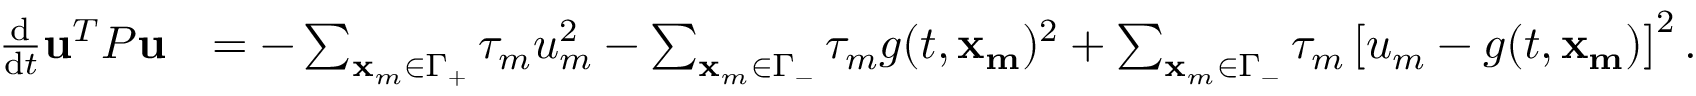
\begin{array} { r l } { \frac { \mathrm { d } } { \mathrm { d } t } \mathbf { u } ^ { T } P \mathbf { u } } & { = - \sum _ { \mathbf { x } _ { m } \in \Gamma _ { + } } \tau _ { m } u _ { m } ^ { 2 } - \sum _ { \mathbf { x } _ { m } \in \Gamma _ { - } } \tau _ { m } g ( t , \mathbf { x _ { m } } ) ^ { 2 } + \sum _ { \mathbf { x } _ { m } \in \Gamma _ { - } } \tau _ { m } \left[ u _ { m } - g ( t , \mathbf { x _ { m } } ) \right] ^ { 2 } . } \end{array}